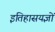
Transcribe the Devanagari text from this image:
इतिहासयज्ञों